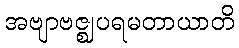
အဗျာဗဇ္ဈပရမတာယာတိ